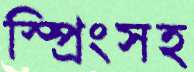
স্প্রিংসহ